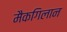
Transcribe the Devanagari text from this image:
मैकगिलान